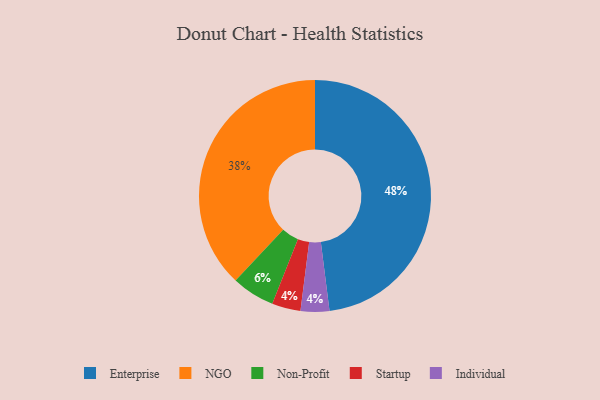
{"axis": {"x": "Category", "y": "Percentage"}, "legend": ["Enterprise", "Individual", "NGO", "Non-Profit", "Startup"], "data": [{"x": "Enterprise", "y": 48, "type": "Enterprise"}, {"x": "Startup", "y": 4, "type": "Startup"}, {"x": "Individual", "y": 4, "type": "Individual"}, {"x": "NGO", "y": 38, "type": "NGO"}, {"x": "Non-Profit", "y": 6, "type": "Non-Profit"}]}